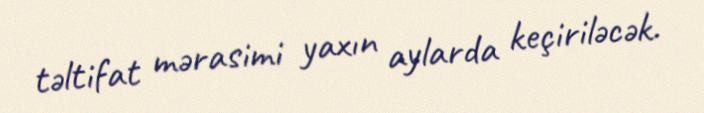
təltifat mərasimi yaxın aylarda keçiriləcək.